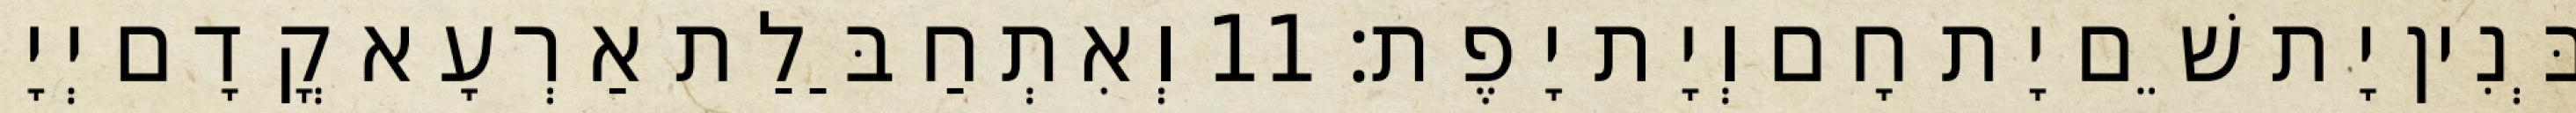
בְּנִין יָת שֵׁם יָת חָם וְיָת יָפֶת׃ 11 וְאִתְחַבַּלַת אַרְעָא קֳדָם יְיָ